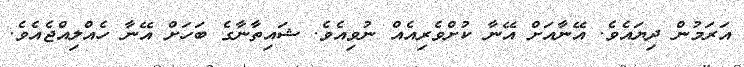
އަރަމުން ދިޔައެވެ. އޭނާއަށް އޭނާ ކުށްވެރިއެއް ނުވިއެވެ. ޝައިތާނާގެ ބަހަށް އޭނާ ހެއްލިއްޖެއެވެ.